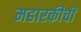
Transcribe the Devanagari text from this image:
महारकीची